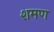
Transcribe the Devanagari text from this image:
शमण